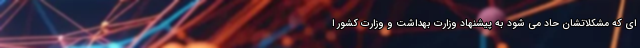
ای که مشکلاتشان حاد می شود به پیشنهاد وزارت بهداشت و وزارت کشور ا